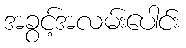
အခွင့်အလမ်းပေါင်း